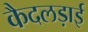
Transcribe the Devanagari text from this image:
कैदलड़ाई